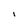
Character: l